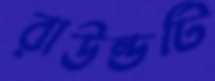
রাউন্ডটি